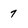
Character: 7